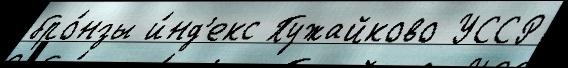
бро́нзы и́нд'екс Пужайково УССР